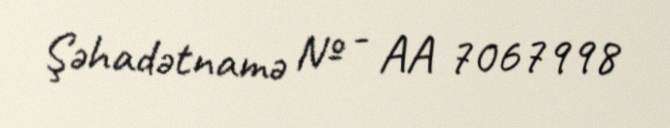
Şəhadətnamə № - AA 7067998